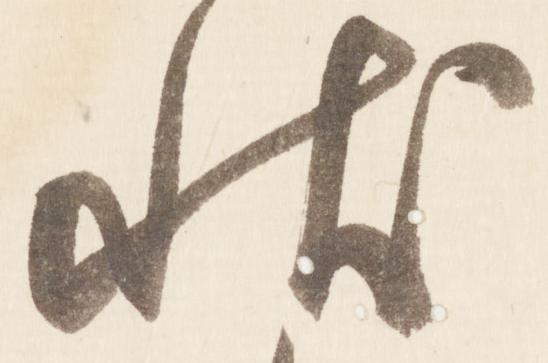
状